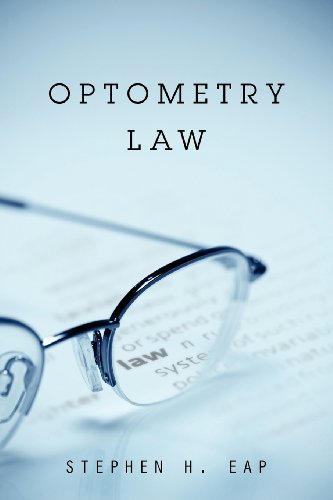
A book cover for Optometry Law; Stephen H. Eap; Law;